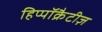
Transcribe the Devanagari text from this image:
हिप्पॉक्रैटीज़